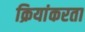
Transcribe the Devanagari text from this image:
क्रियांकरता